Indian Medical Review
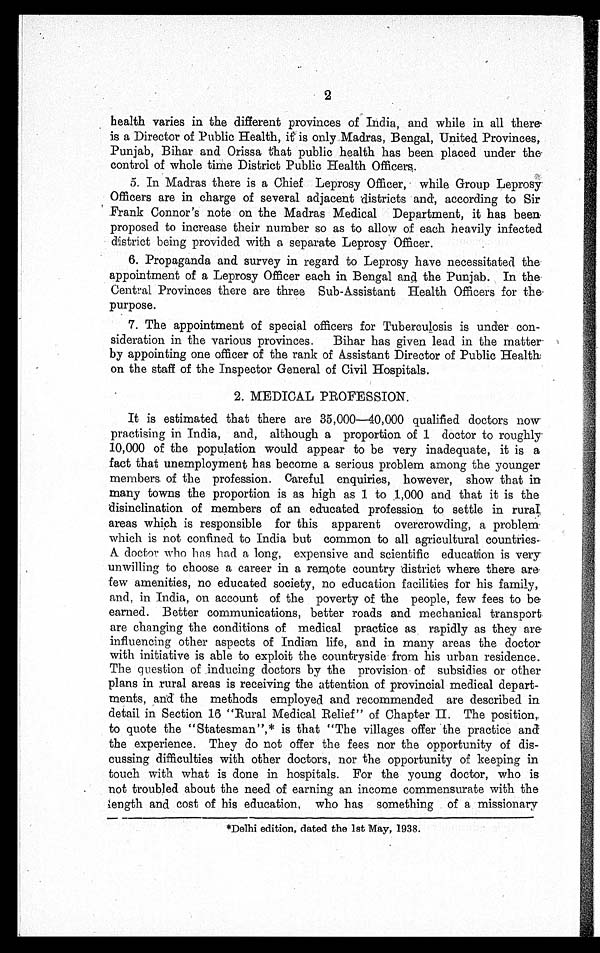
2
health varies in the different provinces of India, and while in all there
is a Director of Public Health, it is only Madras, Bengal, United Provinces,
Punjab, Bihar and Orissa that public health has been placed under the
control of whole time District Public Health Officers.
5 . I n M a d r a s t h e r e i s a C h i e f L e p r o s y O f f i c e r , w h i l e G r o u p L e p r o s y
Officers are in charge of several adjacent districts and, according to Sir
Frank Connor's note on the Madras Medical Department, it has been
proposed to increase their number so as to allow of each heavily infected
district being provided with a separate Leprosy Officer.
6 . P r o p a g a n d a a n d s u r v e y i n r e g a r d t o L e p r o s y h a v e n e c e s s i t a t e d t h e
appointment of a Leprosy Officer each in Bengal and the Punjab. In the
Central Provinces there are three Sub-Assistant Health Officers for the
purpose.
7. The appointment of special officers for Tuberculosis is under con
-
sideration in the various provinces. Bihar has given lead in the matter
by appointing one officer of the rank of Assistant Director of Public Health
on the staff of the Inspector General of Civil Hospitals.
2. MEDICAL PROFESSION.
It is estimated that there are 35,000—40,000 qualified doctors now
practising in India, and, although a proportion of 1 doctor to roughly
10,000 of the population would appear to be very inadequate, it is a
fact that unemployment has become a serious problem among the younger
members. of the profession. Careful enquiries, however, show that in
many towns the proportion is as high as 1 to 1,000 and that it is the
disinclination of members of an educated profession to settle in rural
areas which is responsible for this apparent overcrowding, a problem
which is not confined to India but common to all agricultural countries.
A doctor who has had a long, expensive and scientific education is very
unwilling to choose a career in a remote country district where there are
few amenities, no educated society, no education facilities for his family,
and, in India, on account of the poverty of the people, few fees to be
earned. Better communications, better roads and mechanical transport
are changing the conditions of medical practice as rapidly as they are
influencing other aspects of Indian life, and in many areas the doctor
with initiative is able to exploit the countryside from his urban residence.
The question of inducing doctors by the provision of subsidies or other
plans in rural areas is receiving the attention of provincial medical depart
-
ments, and the methods employed and recommended are described in
detail in Section 16 "Rural Medical Relief" of Chapter II. The position,
to quote the "Statesman",* is that "The villages offer the practice and
the experience. They do not offer the fees nor the opportunity of dis
-
cussing difficulties with other doctors, nor the opportunity of keeping in
touch with what is done in hospitals. For the young doctor, who is
not troubled about the need of earning an income commensurate with the
length and cost of his education, who has something of a missionary
*Delhi edition, dated the 1st May, 1938.